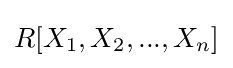
R[X_{1},X_{2},...,X_{n}]